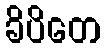
ခိပိတေ